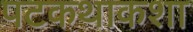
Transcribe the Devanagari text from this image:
पटकथाकशा